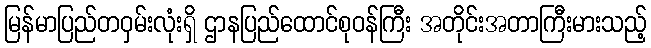
မြန်မာပြည်တဝှမ်းလုံးရှိ ဌာနပြည်ထောင်စုဝန်ကြီး အတိုင်းအတာကြီးမားသည့်